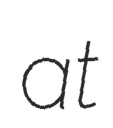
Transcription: at